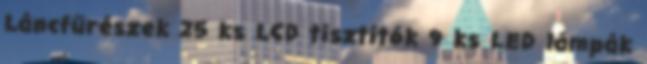
Láncfűrészek 25 ks LCD tisztítók 9 ks LED lámpák